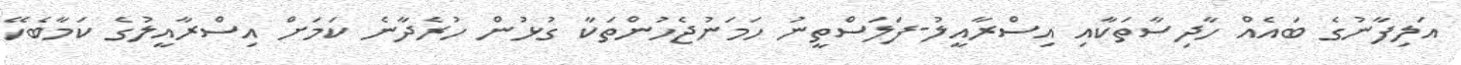
އަލިފާނުގެ ބައެއް ހާދިސާތަކާއި އިސްރާއީލު-ފަލަސްތީނު ހަމަނުޖެހުންތަކާ ގުޅުން ހުރެދާނެ ކަމަށް އިސްރާއީލުގެ ކަމާބެހޭ